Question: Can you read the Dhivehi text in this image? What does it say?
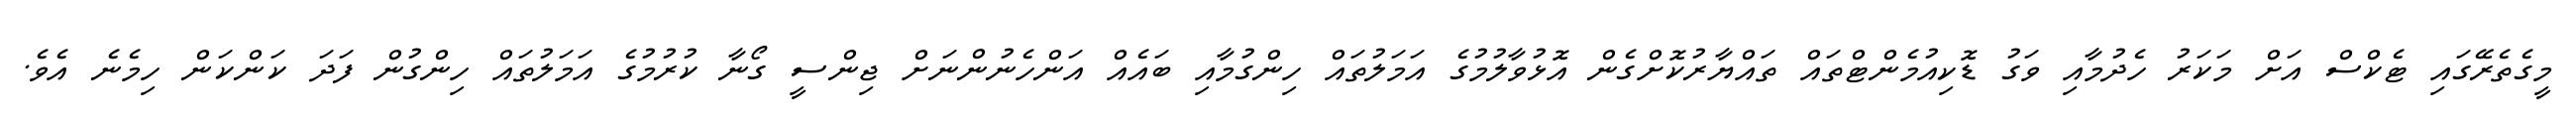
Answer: މީގެތެރޭގައި ޓެކްސް އަށް މަކަރު ހެދުމާއި ވަގު ޑޮކިއުމެންޓްތައް ތައްޔާރުކޮށްގެން އޮޅުވާލުމުގެ އަމަލުތައް ހިންގުމާއި ބައެއް އަންހެނުންނަށް ޖިންސީ ގޯނާ ކުރުމުގެ އަމަލުތައް ހިންގުން ފަދަ ކަންކަން ހިމެނެ އެވެ.